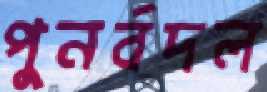
পুনর্বদল